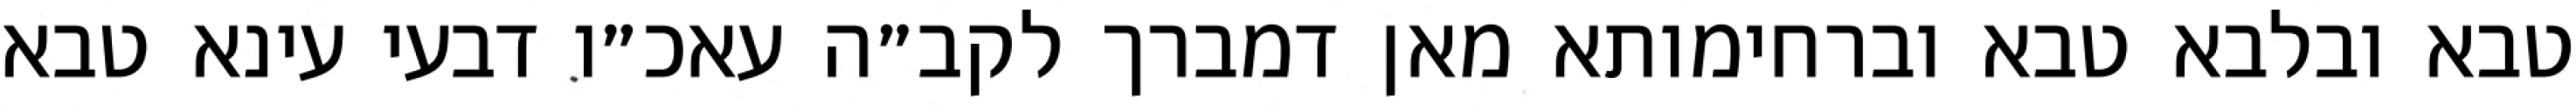
טבא ובלבא טבא וברחימותא מאן דמברך לקב״ה עאכ״ו דבעי עינא טבא